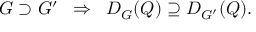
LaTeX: G \supset G ^ { \prime } \; \; \Rightarrow \; \; D _ { G } ( Q ) \supseteq D _ { G ^ { \prime } } ( Q ) .